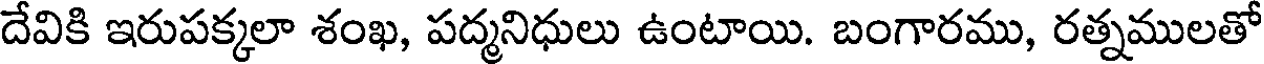
దేవికి ఇరుపక్కలా శంఖ, పద్మనిధులు ఉంటాయి. బంగారము, రత్నములతో